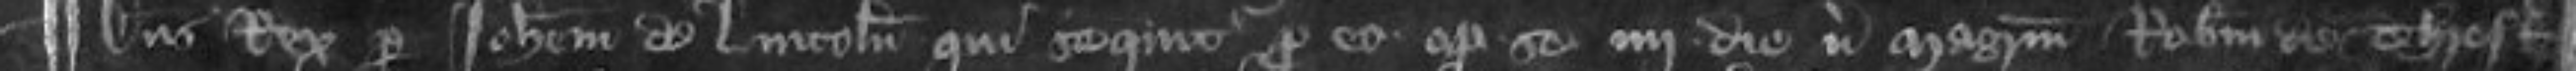
¶ Dominus Rex per Johannem de Lincoln qui sequitur pro eo optulit se quarto die versus Magistrum Robertum de Thresk